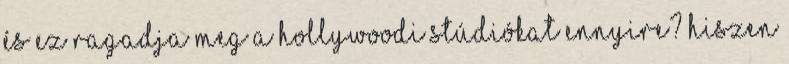
és ez ragadja meg a hollywoodi stúdiókat ennyire? Hiszen